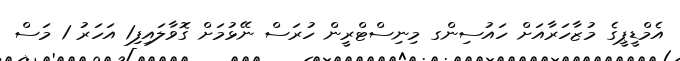
އެމްޑީޕީގެ މުޒާހަރާއަށް ހައުސިންގ މިނިސްޓްރީން ހުރަސް ނޭޅުމަށް ގޮވާލައިފި1 އަހަރު 1 މަސް